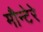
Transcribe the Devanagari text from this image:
मौन्टेरे